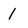
Character: l